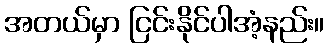
အတယ်မှာ ငြင်းနိုင်ပါအံ့နည်း။